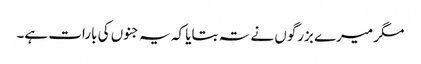
مگر میرے بزرگوں نے تہ بتایا کہ یہ جنوں کی بارات ہے۔